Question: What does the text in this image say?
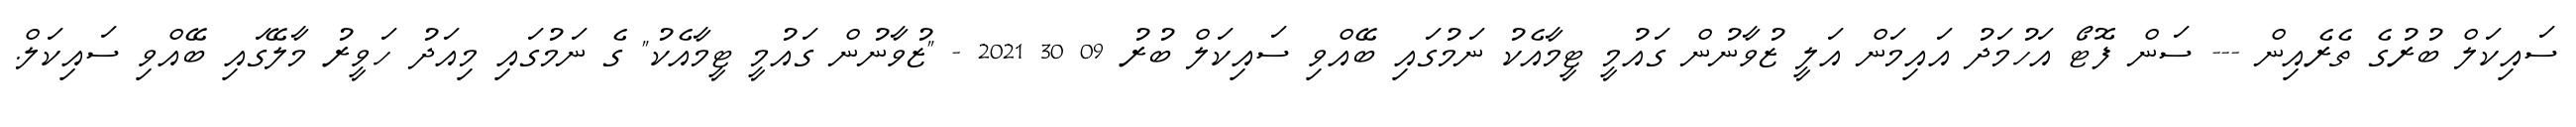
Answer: ސައިކަލް ބުރުގެ ތެރެއިން --- ސަން ފޮޓޯ އަހުމަދު އައިމަން އަލީ ޒުވާނުން ގައުމީ ޓީމާއެކު ނަމުގައި ބޭއްވި ސައިކަލް ބުރު 09 30 2021 - "ޒުވާނުން ގައުމީ ޓީމާއެކު" ގެ ނަމުގައި މިއަދު ހަވީރު މާލޭގައި ބޭއްވި ސައިކަލް.